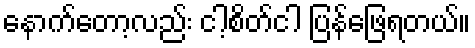
နောက်တော့လည်း ငါ့စိတ်ငါ ပြန်ဖြေရတယ်။